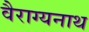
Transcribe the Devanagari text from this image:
वैराग्यनाथ